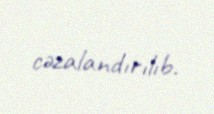
cəzalandırılıb.